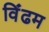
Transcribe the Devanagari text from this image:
विंढम